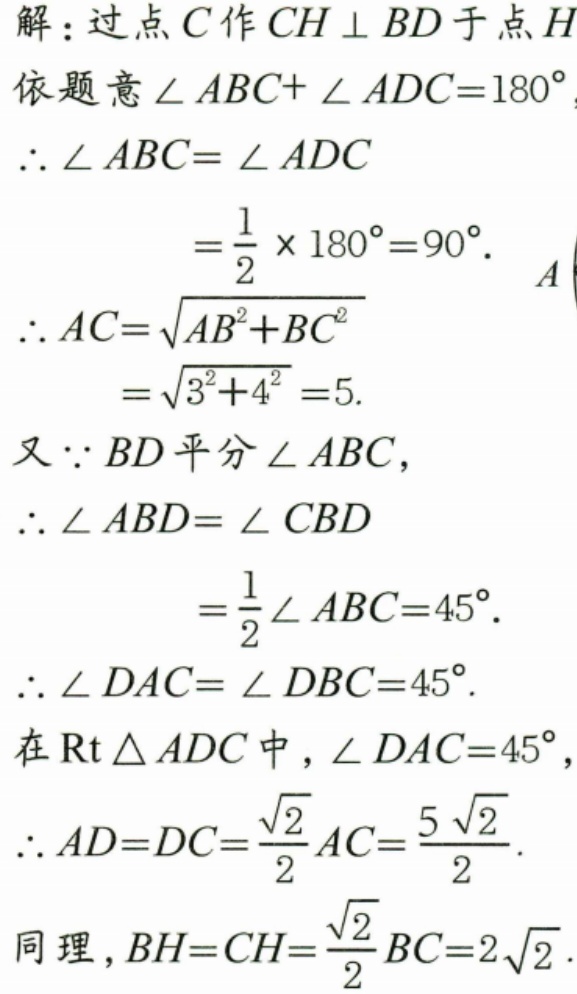
解：过点\(C\)作\(CH\perp BD\)于点\(H\)
依题意\(\angle ABC+\angle ADC = 180^{\circ}\)，
\(\therefore \angle ABC=\angle ADC\)
\(=\frac{1}{2}\times180^{\circ}=90^{\circ}.\)
\(\therefore AC=\sqrt{AB^{2}+BC^{2}}\)
\(=\sqrt{3^{2}+4^{2}} = 5.\)
又\(\because BD\)平分\(\angle ABC\)，
\(\therefore \angle ABD=\angle CBD\)
\(=\frac{1}{2}\angle ABC = 45^{\circ}.\)
\(\therefore \angle DAC=\angle DBC = 45^{\circ}.\)
在\(\text{Rt}\triangle ADC\)中，\(\angle DAC = 45^{\circ}\)，
\(\therefore AD = DC=\frac{\sqrt{2}}{2}AC=\frac{5\sqrt{2}}{2}.\)
同理，\(BH = CH=\frac{\sqrt{2}}{2}BC = 2\sqrt{2}.\)